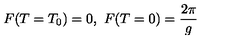
F ( T = T _ { 0 } ) = 0 , \ F ( T = 0 ) = \frac { 2 \pi } { g }